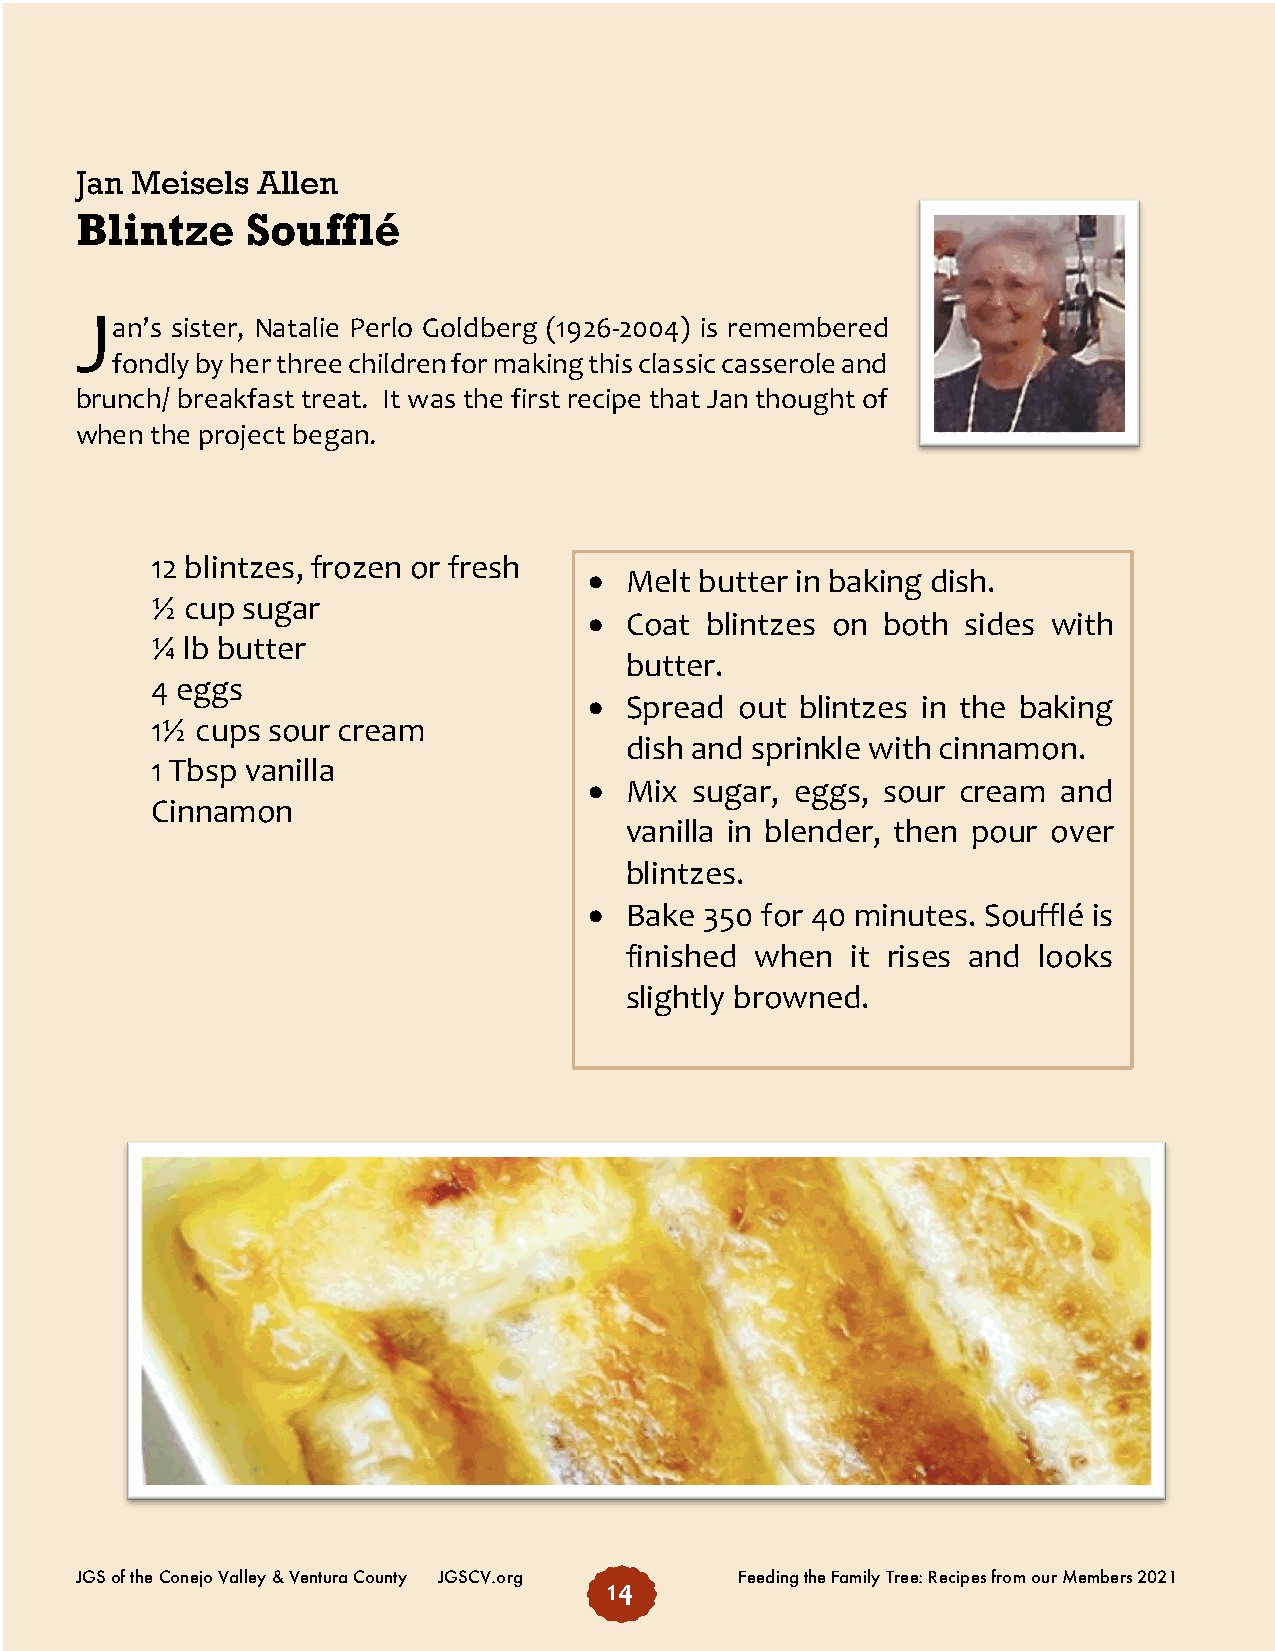
Jan Meisels Allen
 Blintze    Soufflé
 J
 an’s sister, Natalie Perlo Goldberg (1926-2004) is remembered
 fondly by her three children for making this classic casserole and
 brunch/ breakfast treat. It was the first recipe that Jan thought of
 when the project began.
 12 blintzes, frozen or fresh
 • Melt butter in baking dish.
 ½ cup sugar
 • Coat  blintzes on both sides with
 ¼ lb butter
 butter.
 4 eggs
 • Spread  out blintzes in the baking
 1½ cups sour cream
 dish and sprinkle with cinnamon.
 1 Tbsp vanilla
 • Mix  sugar, eggs, sour cream and
 Cinnamon
 vanilla in blender, then pour over
 blintzes.
 • Bake  350 for 40 minutes. Soufflé is
 finished when  it rises and looks
 slightly browned.
 JGS of the Conejo Valley & Ventura County JGSCV.org Feeding the Family Tree: Recipes from our Members 2021
 14